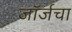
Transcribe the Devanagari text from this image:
जॉर्जचा